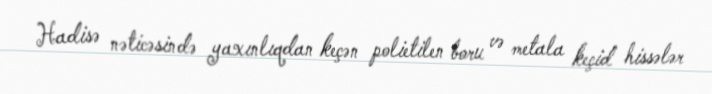
Hadisə nəticəsində yaxınlıqdan keçən polietilen boru və metala keçid hissələr